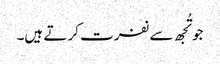
جو تُجھ سے نفرت کر تے ہیں۔